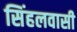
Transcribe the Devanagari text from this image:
सिंहलवासी